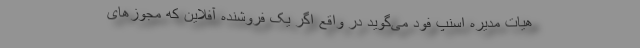
هیات مدیره اسنپ فود می‌گوید در واقع اگر یک فروشنده آفلاین که مجوزهای